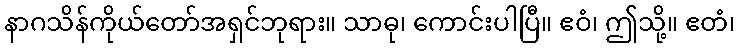
နာဂသိန်ကိုယ်တော်အရှင်ဘုရား။ သာဓု၊ ကောင်းပါပြီ။ ဧဝံ၊ ဤသို့။ ဧတံ၊